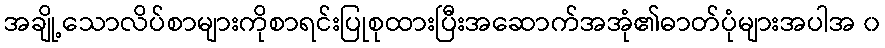
အချို့သောလိပ်စာများကိုစာရင်းပြုစုထားပြီးအဆောက်အအုံ၏ဓာတ်ပုံများအပါအ ၀